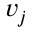
v _ { j }